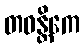
တဝန္တိကေ